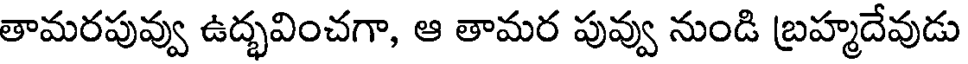
తామరపువ్వు ఉద్భవించగా, ఆ తామర పువ్వు నుండి బ్రహ్మదేవుడు